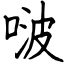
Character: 啵